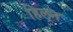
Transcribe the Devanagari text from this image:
हिलन